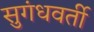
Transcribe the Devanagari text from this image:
सुगंधवर्ती